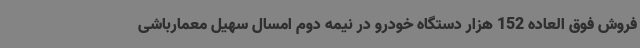
فروش فوق العاده 152 هزار دستگاه خودرو در نیمه دوم امسال سهیل معمارباشی